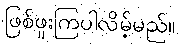
ဖြစ်ဖူးကြပါလိမ့်မည်။